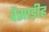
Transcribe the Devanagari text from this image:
वैसाडीह